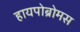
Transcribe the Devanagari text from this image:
हायपोब्रोमस